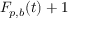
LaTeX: F _ { p , b } ( t ) + 1